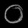
Digit: ၀